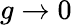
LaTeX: g\rightarrow 0